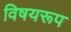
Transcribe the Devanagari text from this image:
विषयरूप